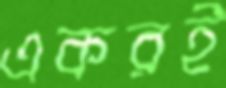
একরই